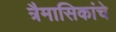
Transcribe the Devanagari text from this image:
त्रैमासिकांचे